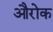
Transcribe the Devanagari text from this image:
औरोक